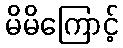
မိမိကြောင့်